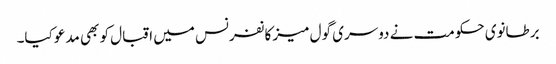
برطانوی حکومت نے دوسری گول میز کانفرنس میں اقبال کو بھی مدعو کیا۔